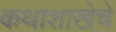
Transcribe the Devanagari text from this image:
कथाशाखेचे